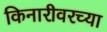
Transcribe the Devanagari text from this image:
किनारीवरच्या